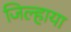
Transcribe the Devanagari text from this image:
जिल्हाया